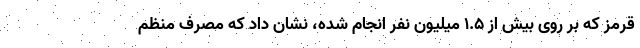
قرمز که بر روی بیش از ۱.۵ میلیون نفر انجام شده، نشان داد که مصرف منظم